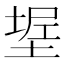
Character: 𰊌